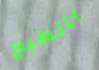
بالطبع